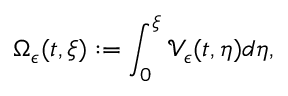
\Omega _ { \epsilon } ( t , \xi ) : = \int _ { 0 } ^ { \xi } \mathcal { V } _ { \epsilon } ( t , \eta ) d \eta ,